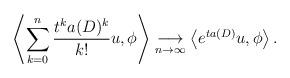
LaTeX: \begin{align*}\left \langle \sum_{k=0}^{n}\frac{t^{k}a(D)^{k}}{k!}u, \phi \right \rangle \underset{n\to \infty}{\longrightarrow} \left \langle e^{ta(D)}u , \phi \right \rangle.\end{align*}